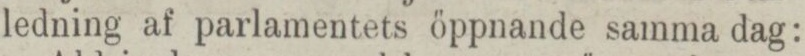
ledning af parlamentets öppnande samma dag: